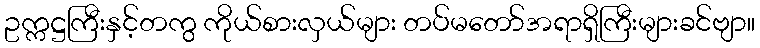
ဥက္ကဋ္ဌကြီးနှင့်တကွ ကိုယ်စားလှယ်များ တပ်မတော်အရာရှိကြီးများခင်ဗျာ။